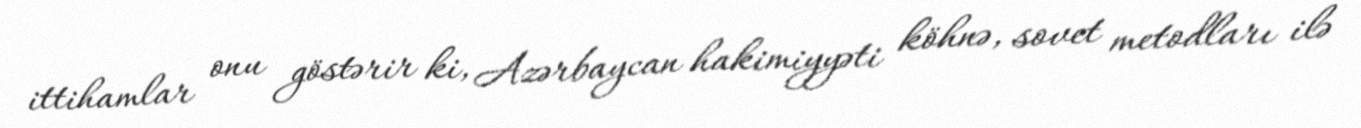
ittihamlar onu göstərir ki, Azərbaycan hakimiyyəti köhnə, sovet metodları ilə